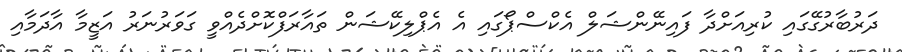
ދަރުބާރުގޭގައި ކުރިއަށްދާ ފައިނޭންޝަލް އެކްސްޕޯގައި އެ އެޕްލިކޭޝަން ތައާރަފްކޮށްދެއްވީ ގަވަރުނަރު އަޒީމާ އާދަމާއި